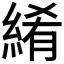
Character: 𬗤